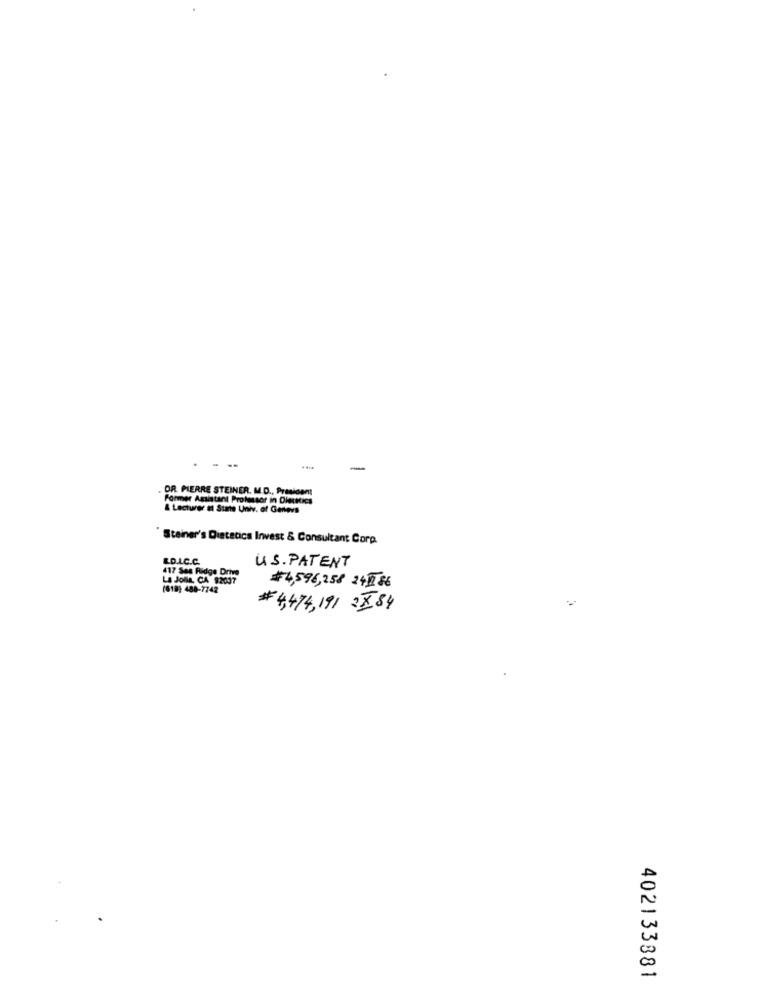
--
-
DR. PIERRE STEINER. M.D ., President
Former Assistant Professor in Dleuntics
& Lecturer el State Univ. of Genevs
Steiner's Dietetics Invest & Consultant Corp
ED.L.C.C.
U. S. PATENT
417 Ses Ridge Drive
La Jolla, CA 92037
#4,596,258 2417 86
(618) 488-7742
# 4,474,191 2X.84
402133381